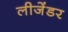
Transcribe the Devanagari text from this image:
लीजेंडर